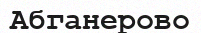
Абганерово